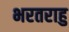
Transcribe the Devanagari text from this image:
भरतराहु